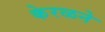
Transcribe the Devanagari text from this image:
केरळने